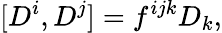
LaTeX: [D^{i},D^{j}]=f^{ijk}D_{k},